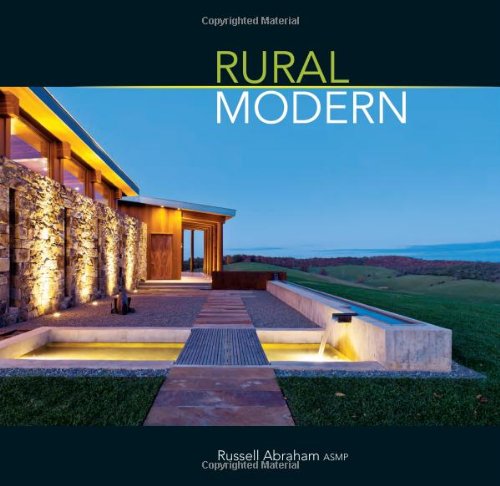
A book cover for Rural Modern; Russell Abraham; Crafts, Hobbies & Home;